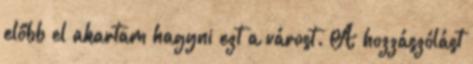
előbb el akartam hagyni ezt a várost. A hozzászólást